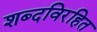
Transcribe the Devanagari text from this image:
शब्दविरहित